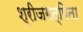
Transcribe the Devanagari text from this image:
श्रीजगत्पिता